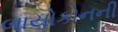
બાયોકોનની